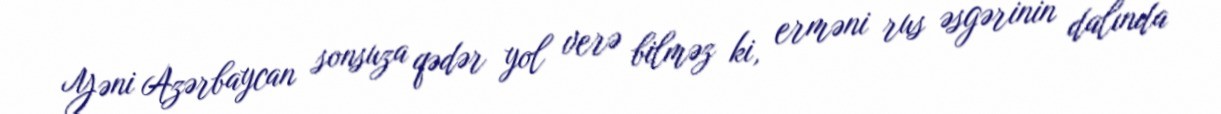
Yəni Azərbaycan sonsuza qədər yol verə bilməz ki, erməni rus əsgərinin dalında